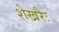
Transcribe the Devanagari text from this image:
शेखरैः